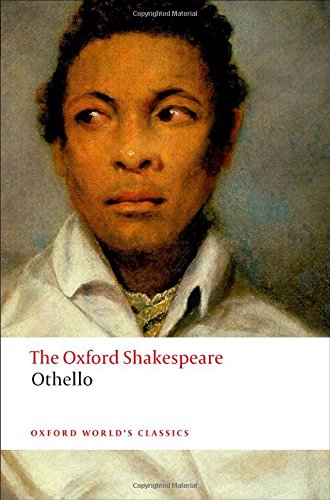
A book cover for The Oxford Shakespeare: Othello: The Moor of Venice (The Oxford Shakespeare); William Shakespeare; Literature & Fiction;